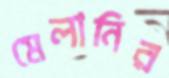
মেলানির